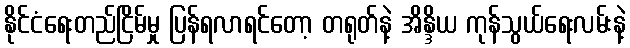
နိုင်ငံရေးတည်ငြိမ်မှု ပြန်ရလာရင်တော့ တရုတ်နဲ့ အိန္ဒိယ ကုန်သွယ်ရေးလမ်းနဲ့